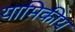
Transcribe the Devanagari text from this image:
यामिकीय